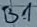
Text: B1